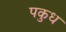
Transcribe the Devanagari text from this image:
पकुध